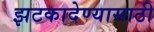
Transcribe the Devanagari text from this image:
झटकादेण्यासाठी